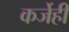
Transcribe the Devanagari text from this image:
कर्जेही